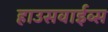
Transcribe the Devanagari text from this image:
हाउसवाईव्स